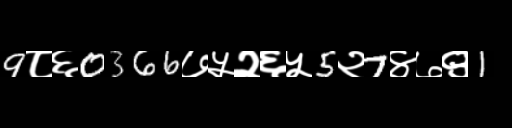
Text: 9८६0366७५२६५5२7४७९1